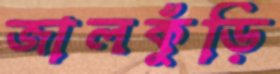
জালকুঁড়ি